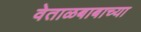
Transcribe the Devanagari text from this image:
वेताळबाबाच्या